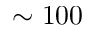
\sim 1 0 0